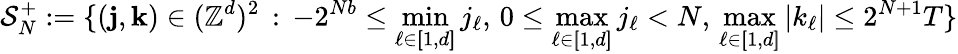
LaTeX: \mathcal{S}_{N}^{+}:=\{ (\mathbf{j},\mathbf{k})\in(\mathbb{Z}^{d})^{2}\, :\, -2^{Nb}\leq\operatorname*{min}_{\ell\in[\! [1,d]\! ]}j_{\ell},\, 0\leq\operatorname*{max}_{\ell\in[\! [1,d]\! ]}j_{\ell}<N,\, \operatorname*{max}_{\ell\in[\! [1,d]\! ]}|k_{\ell}|\leq 2^{N+1}T\}